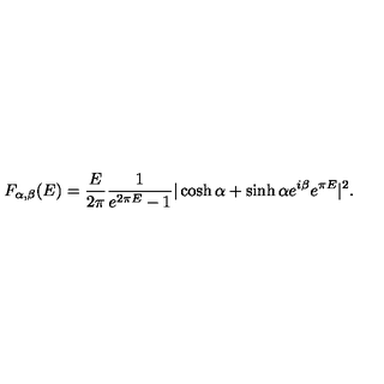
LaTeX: F _ { \alpha , \beta } ( E ) = { \frac { E } { 2 \pi } } { \frac { 1 } { e ^ { 2 \pi E } - 1 } } | \cosh \alpha + \sinh \alpha e ^ { i \beta } e ^ { \pi E } | ^ { 2 } .